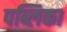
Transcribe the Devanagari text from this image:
पब्लिका